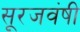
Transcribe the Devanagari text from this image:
सूरजवंषी